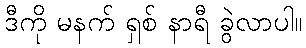
ဒီကို မနက် ရှစ် နာရီ ခွဲလာပါ။